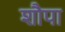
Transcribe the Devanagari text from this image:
शौपा